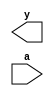
////////////////////////////////////////////////////////////////////////////////
// this compiles all units if none are specified                              //
////////////////////////////////////////////////////////////////////////////////
`ifndef priority7
 `ifndef latchrs
  `ifndef dffrs
   `ifndef drive8
    `define priority7
    `define latchrs
    `define dffrs
    `define drive8
   `endif
  `endif
 `endif
`endif

////////////////////////////////////////////////////////////////////////////////
// priority encoder outputs number of highest priority input                  //
// lowest numbered input has highest priority                                 //
// this is a combinational block so should use blocking assignments           //
////////////////////////////////////////////////////////////////////////////////
`ifdef priority7
module priority7 ( y, a ) ;

  output reg  [2:0] y ;
  input  wire [7:1] a ;


endmodule
`endif


////////////////////////////////////////////////////////////////////////////////
// latch with active-high enable and active-low asynchronous reset and set    //
// set has priority over reset                                                //
// this is a combinational block modeling a sequential device                 //
// so must use nonblocking assignments                                        //
////////////////////////////////////////////////////////////////////////////////
`ifdef latchrs
module latchrs ( q, e, d, r, s ) ;

  output reg  q ;
  input  wire e, d, r, s ;

// do not remove comment below
// cadence async_set_reset "s, r"



endmodule
`endif


////////////////////////////////////////////////////////////////////////////////
// flop-flop with active-high clock and enable and                            //
// active-low asynchronous reset and set. set has priority over reset.        //
// this is a sequential block so must use nonblocking assignments             //
////////////////////////////////////////////////////////////////////////////////
`ifdef dffrs
module dffrs ( q, c, d, e, r, s ) ;

  output reg  q ;
  input  wire c, d, e, r, s ;


endmodule
`endif


////////////////////////////////////////////////////////////////////////////////
// bus driver                                                                 //
// output is high-impedance when not enabled                                  //
// this is a combinational block                                              //
////////////////////////////////////////////////////////////////////////////////
`ifdef drive8
module drive8 ( y, a, e ) ;

  output reg  [7:0] y ;
  input  wire [7:0] a ;
  input  wire       e ;


endmodule
`endif